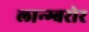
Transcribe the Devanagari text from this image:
लान्ग्बरोर